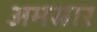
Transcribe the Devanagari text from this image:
अमसार